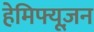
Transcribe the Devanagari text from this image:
हेमिफ्यूज़न